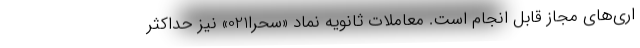
اری‌های مجاز قابل انجام است. معاملات ثانویه نماد «سحرا021» نیز حداکثر